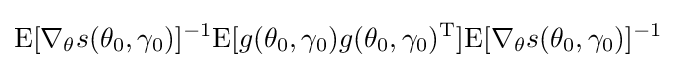
\mathrm {E} [\nabla _{\theta }s(\theta _{0},\gamma _{0})]^{-1}\mathrm {E} [g(\theta _{0},\gamma _{0})g(\theta _{0},\gamma _{0})^{\mathrm {T} }]\mathrm {E} [\nabla _{\theta }s(\theta _{0},\gamma _{0})]^{-1}